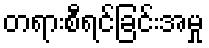
တရားစီရင်ခြင်းအမှု